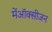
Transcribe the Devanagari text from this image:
मेंऑक्सीजन